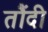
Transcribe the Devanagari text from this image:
तौंदी